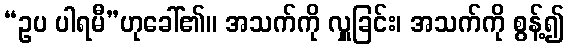
“ဥပ ပါရမီ”ဟုခေါ်၏။ အသက်ကို လှူခြင်း၊ အသက်ကို စွန့်၍